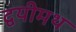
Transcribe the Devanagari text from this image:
द्वयीमथ